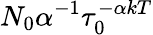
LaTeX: N_{0}\alpha^{-1}\tau_{0}^{-\alpha kT}